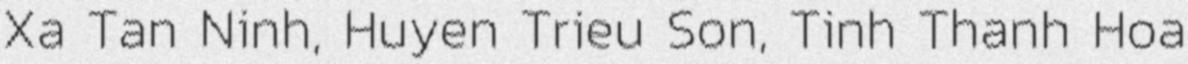
Xa Tan Ninh, Huyen Trieu Son, Tinh Thanh Hoa